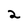
Character: 2